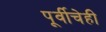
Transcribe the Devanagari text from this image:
पूर्वीचेही